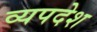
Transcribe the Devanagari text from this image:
व्यपदेश